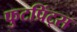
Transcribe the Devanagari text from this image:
फुटप्रिंट्स